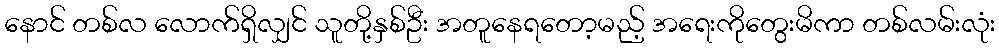
နောင် တစ်လ လောက်ရှိလျှင် သူတို့နှစ်ဦး အတူနေရတော့မည့် အရေးကိုတွေးမိကာ တစ်လမ်းလုံး